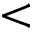
<